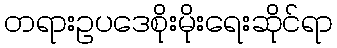
တရားဥပဒေစိုးမိုးရေးဆိုင်ရာ